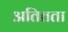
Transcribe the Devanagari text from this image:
अतितता